King Institute of Preventive Medicine Micro-Biological Section reports 1909-11
Year: 1909
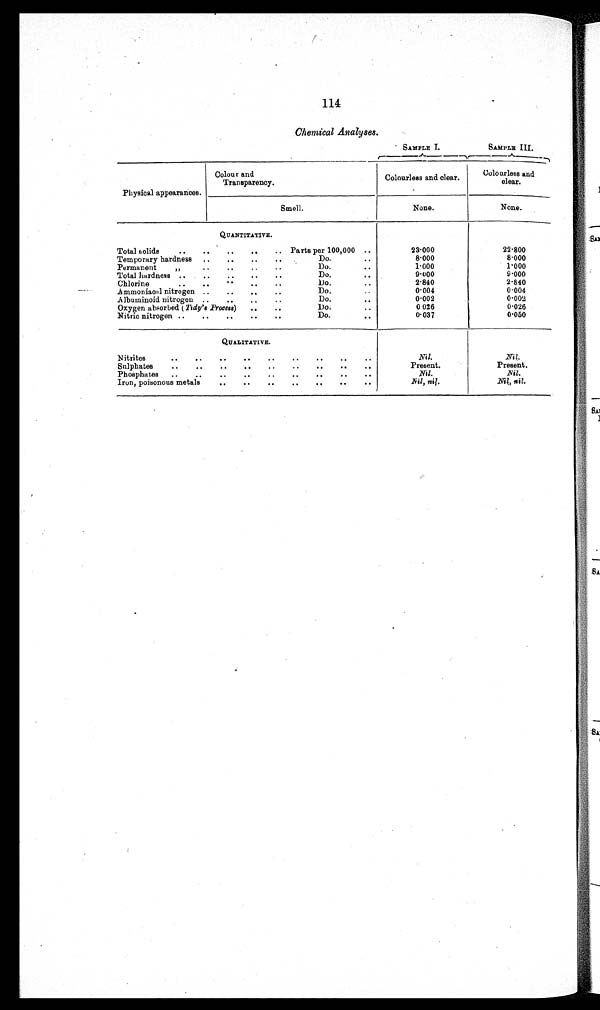
114
Chemical Analyses .
SAMPLE I.
SAMPLE III.
Physical appearances.
Colour and
Transparency.
Colourless and clear.
Colourless and
clear.
Smell.
None.
None.
QUANTITATIVE.
Total Solids
Parts per 100,000
23·000
22·800
Temporary hardness
Do.
8 · 0 0 0
8·000
Permanent
Do.
1·000
1·000
Total hardness
Do.
9·000
9·000
Chlorine
Do.
2·840
2·840
Ammoniacal nitrogen
Do.
0·004
0·004
Albuminoid nitrogen
Do.
0·002
0·002
Oxygen absorbed ( Tidy’s Process)
Do.
0·026
0·026
Nitric nitrogen
Do.
0·037
0·050
QUALITATIVE.
Nitrites
Nil.
Nil.
Sulphates
Present.
Present.
Phosphates
Nil.
Nil.
Iron, poisonous metals
Nil, nil.
Nil, nil.